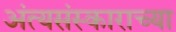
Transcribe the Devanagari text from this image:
अंत्यसंस्काराच्या